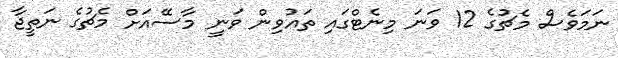
ނަމަވެސް މެޗުގެ 12 ވަނަ މިނެޓްގައި ތައުވިން ވަނީ މާސޭއަށް މެޗުގެ ނަތީޖާ